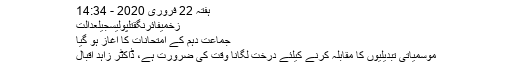
ہفتہ 22 فروری 2020 - 14:34
زخمیفائرنگقتلپولیسجیلعدالت
جماعت دہم کے امتحانات کا آغاز ہو گیا
موسمیاتی تبدیلیوں کا مقابلہ کرنے کیلئے درخت لگانا وقت کی ضرورت ہے، ڈاکٹر زاہد اقبال